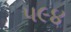
૫૯૪